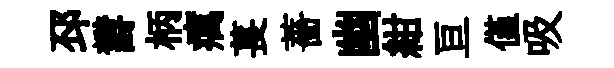
邳欝柄癘萇薔幽紺亘僅吸